Jaan_Tonisson_(Lasteleht), lk 548
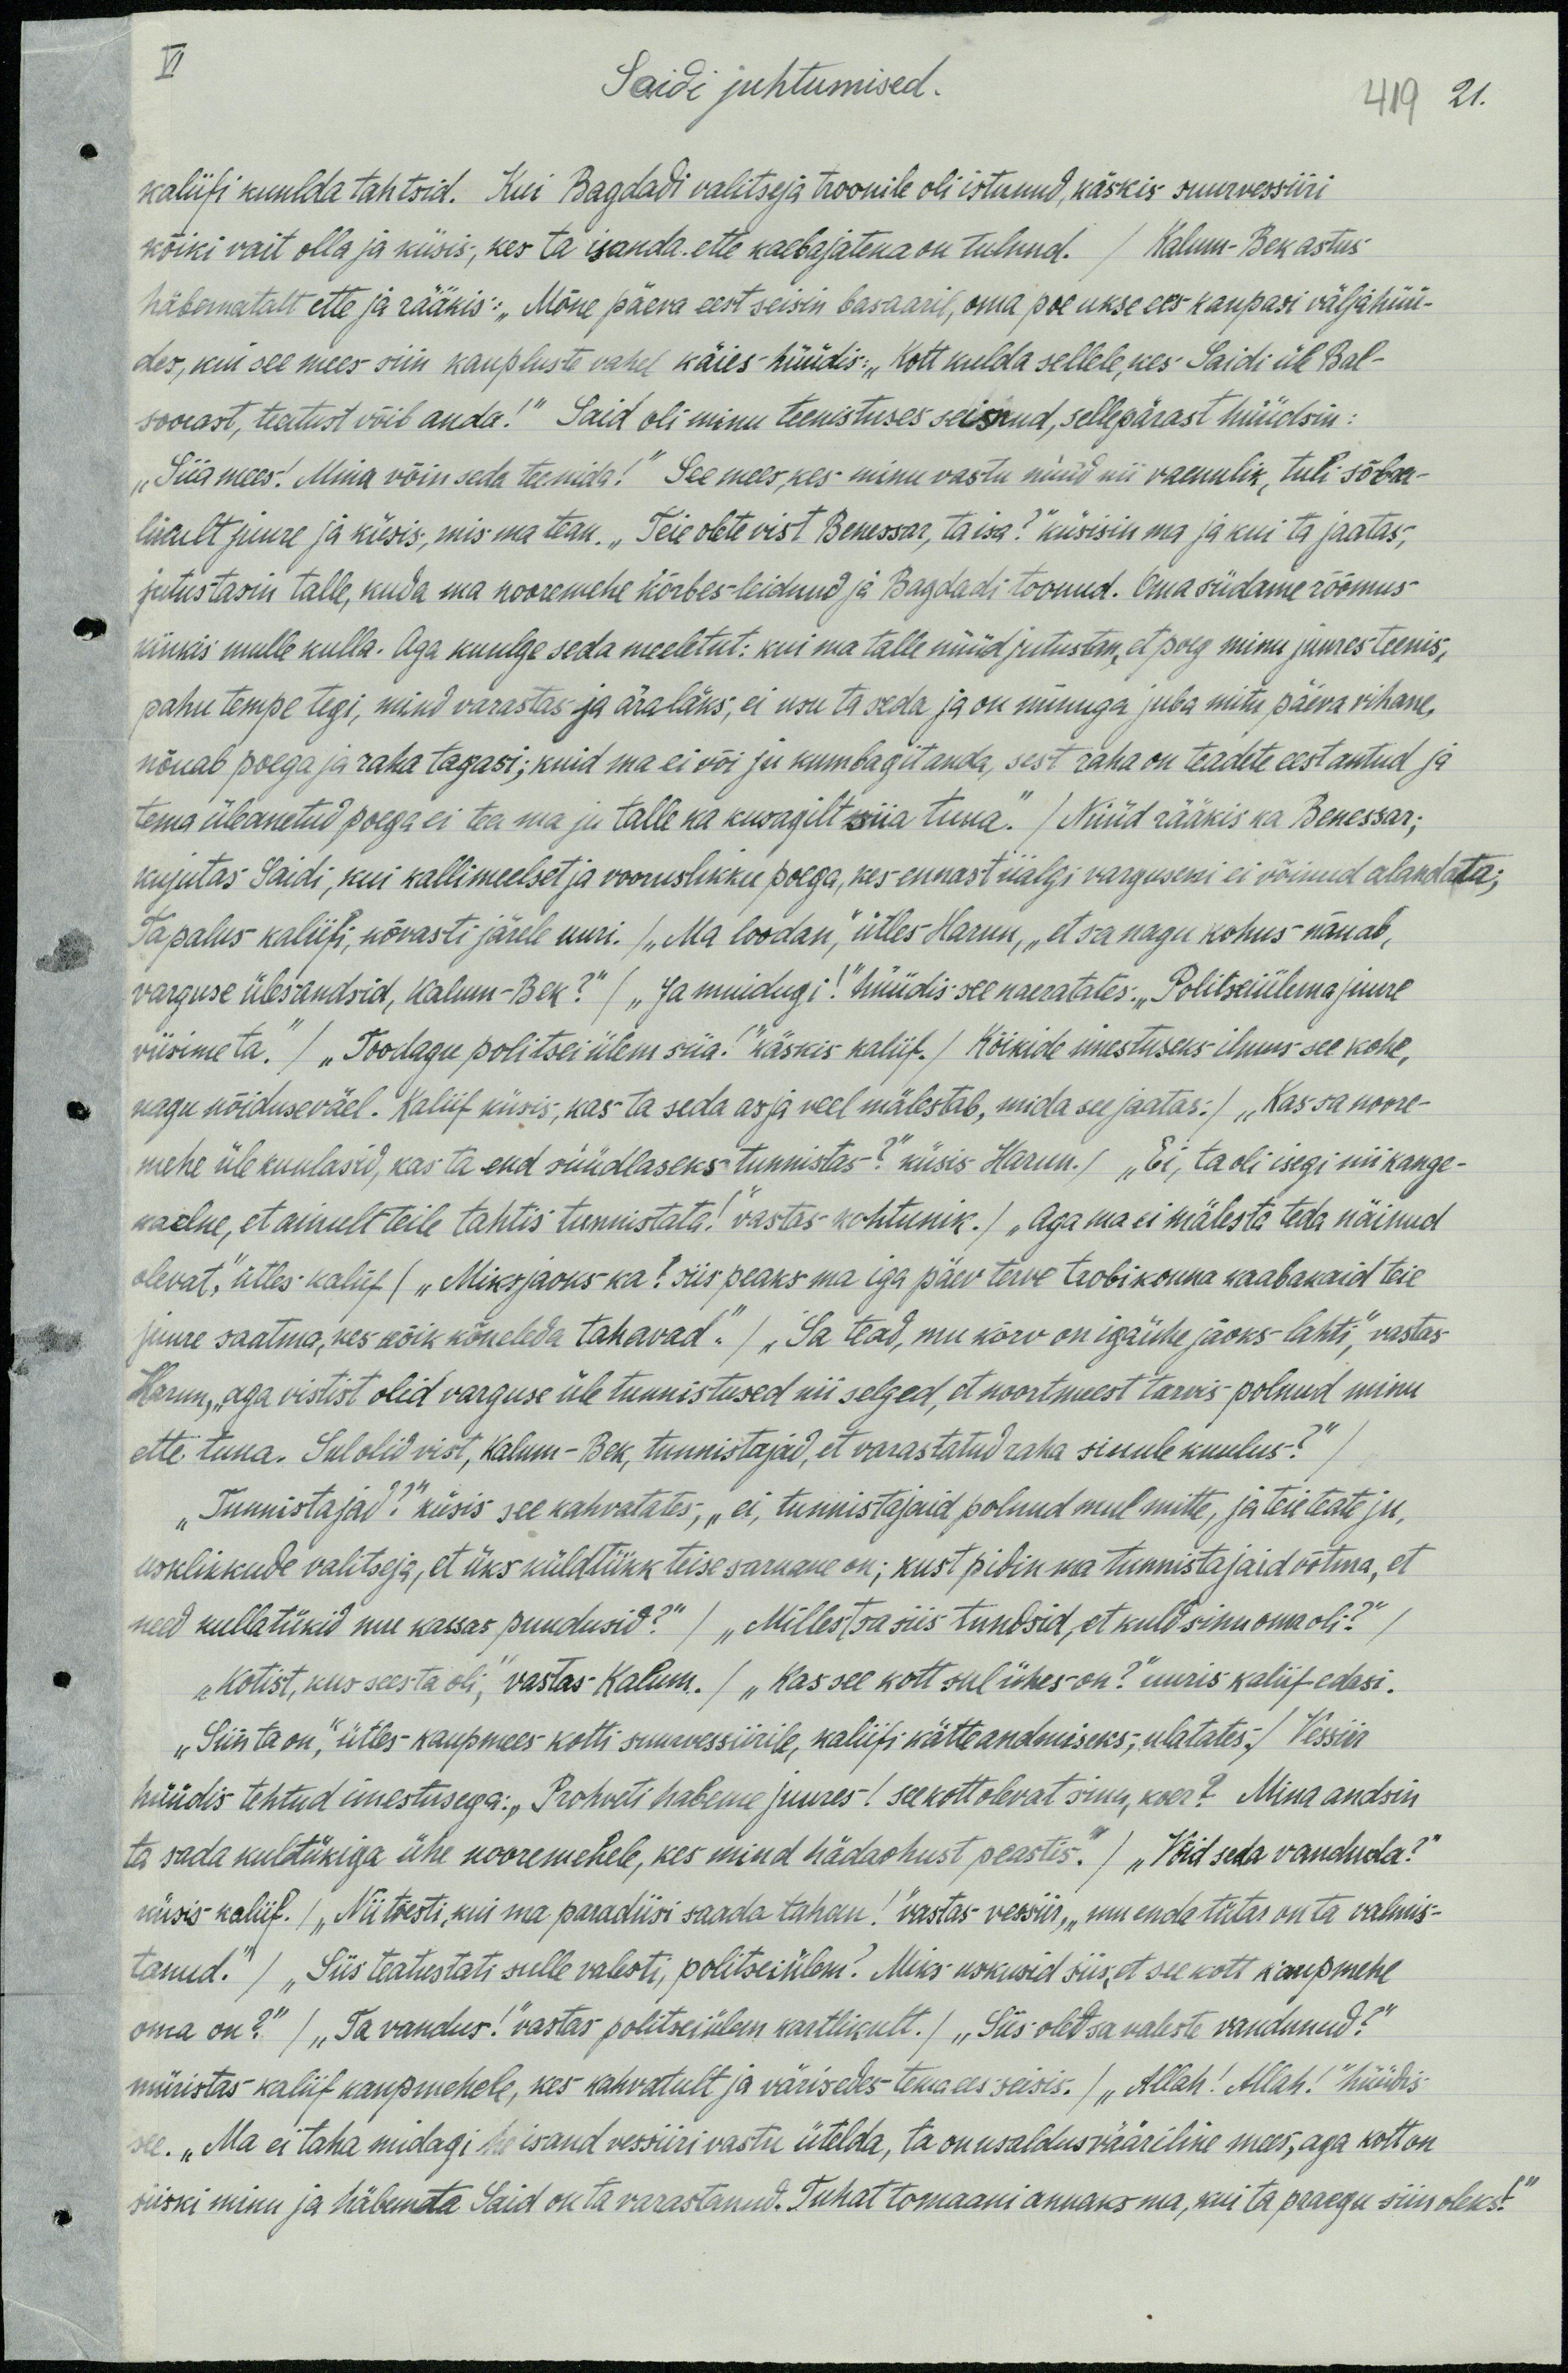
VI
Saidi juhtumised.
419 21.
kaliifi kuulda tahtsid. Kui Bagdadi valitseja troonile oli istunud, käskis suurvessiiri
kõiki vait olla ja küsis, kes ta isanda ette kaebajatena on tulnud. / Kalum-Bek astus
häbematalt ette ja rääkis: „Mõne päeva eest seisin basaaril, oma poe ukse ees kaupasi väljähüü-
des, kui see mees siin kaupluste vahel käies hüüdis: "Kott kuulda sellele, kes Saidi üle Bal-
soorast, teatust võib anda!" Said oli minu teenistuses seisnud, sellepärast hüüdsin.
"Siia mees! Mina võin seda teenida!" See mees, kes minu vastu nüüd nii vaenulik, tuli sõbra-
likult juurde ja küsis, mis ma tean. „Teie olte vist Benessar, ta isa?“ küsisin ma ja kui ta jaatas,“
jutustasin talle, kuda ma nooremehe kõrbes leidnud ja Bagdadi toonud. Oma südame rõõmus-
kinkis mulle kulla. Aga kuulge seda meeletut: kui ma talle nüüd jutustan, et poeg minu juures teenis,
pahu tempe tegi, mind varastas ja ära läks, ei usu ta seda ja on minuga juba mitu päeva vihane,
nõuab poega ja raha tagasi; kuid ma ei või ju kumbagit anda, sest raha on teadete eest antud ja
tema üleanetud poega ei tea ma ju talle ka kusagilt siia tuua." / Nüüd rääkis ka Benessar;
kujutas Saidi, kui kallimeelset ja vooruslikku poega, kes ennast iialgi varguseni ei võinud alandata;
Ja palus kaliifi, kõvasti järele uuri. / "Ma loodan," ütles Harun, „et sa nagu kohus nõuab,
varguse ülesandsid, Kalum-Bek?" / "Ja muidugi!" hüüdis see naeratates. „Politseiülema juure
viisime ta." / "Toodagu politsei ülem siia!" käskis kaliif. /Kõikide imestuseks ilmus see kohe,
nagu nõiduseväel. Kaliif küsis, kas ta seda asja veel mälestab, mida see jaatas: / „Kas sa noore-
mehe üle kuulasid, kas ta end süüdlaseks tunnistas?" küsis. Harun. / „Ei, ta oli isegi nii kange-
kaelne, et ainult teile tahtis tunnistata!" vastas kohtunik. / „Aga ma ei mälesta teda näinud
olevat," ütles kaliif / „Miksjaoks ka! siis peaks ma iga päev terve trobikonna kaabakaid teie
juure saatma, kes kõik kõnelda tahavad." / „Sa tead, mu kõrv on igaühe jaoks lahti," vastas
Harun, "aga vistist olid varguse üle tunnistused nii selged, et noortmeest tarvis polnud minu
ette tuua. Sul olid vist, Kalum-Bek, tunnistajad, et varastatud raha sinule kuulus?“
"Tunnistajad?" küsis see kahvatates, „ei, tunnistajaid polnud mul mitte, ja teie teate ju,
usklikkude valitseja, et üks küldtükk teise sarnane on; kust pidin ma tunnistajaid võtma, et
need kullatükid mu kassas puudusid?" / "Millest sa siis tundsid, et kuld sinu oma oli?"
„Kotist, kus sees ta oli,“ vastas Kalum. /„Kas see kott sul ühes on?" uuris kaliif edasi.
"Siin ta on," ütles kaupmees kotti suurvessiirile, kaliifi kätteandmiseks, ulatates / Vessiir
hüüdis tehtud imestusega: „Prohveti habeme juures  / see kott olevat sinu, koer?" Mina andsin
ta sada kuldtükiga ühe nooremehele, kes mind hädaohust, peastis." / „Võid seda vanduda?“
küsis kaliif. / Nii tõesti,kui ma paradiisi saada tahan!" vastas-vessiir, „mu enda tütar on ta valmis-
tanud." / "Siis teatustati sulle valesti, politseülem! Miks uskusid siis, et see kott kaupmehe
oma on?" / "Ta vandus!" vastas politseülem kartlikult. / „Siis oled sa valeste vandunud?"
müristas kaliif kaupmehele, kes kahvatult ja värisedes tema ees seisis. / "Allah! Allah!“ hüüdis-
see. „Ma ei taha midagi he isand vessiiri vastu ütelda, ta on usaldus vääriline mees, aga kott on
siiski minu ja häbemata Said on ta varastanud. Tuhat tomaani annaks ma, kui ta praegu siin oleks!"